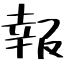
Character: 報